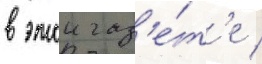
в этои газ'е́т'е /